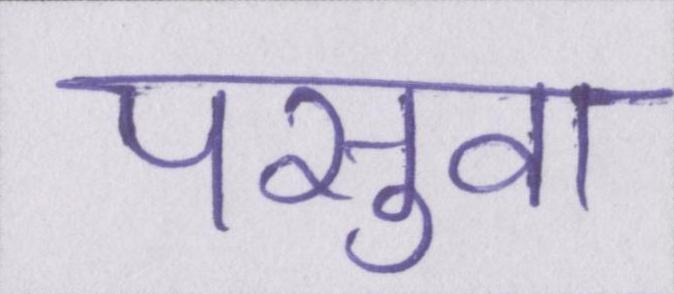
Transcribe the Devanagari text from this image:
पसुवा